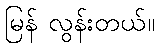
မြန် လွန်းတယ်။